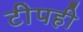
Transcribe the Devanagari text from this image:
टीपही